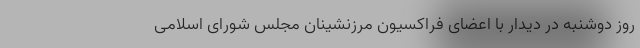
روز دوشنبه در دیدار با اعضای فراکسیون مرزنشینان مجلس شورای اسلامی